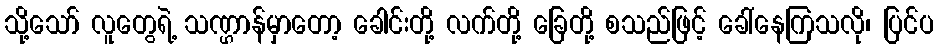
သို့သော် လူတွေရဲ့ သဏ္ဌာန်မှာတော့ ခေါင်းတို့ လက်တို့ ခြေတို့ စသည်ဖြင့် ခေါ်နေကြသလို၊ ပြင်ပ